Vaccination in Bombay 1889-1901 - 1889-1901
Year: 1889
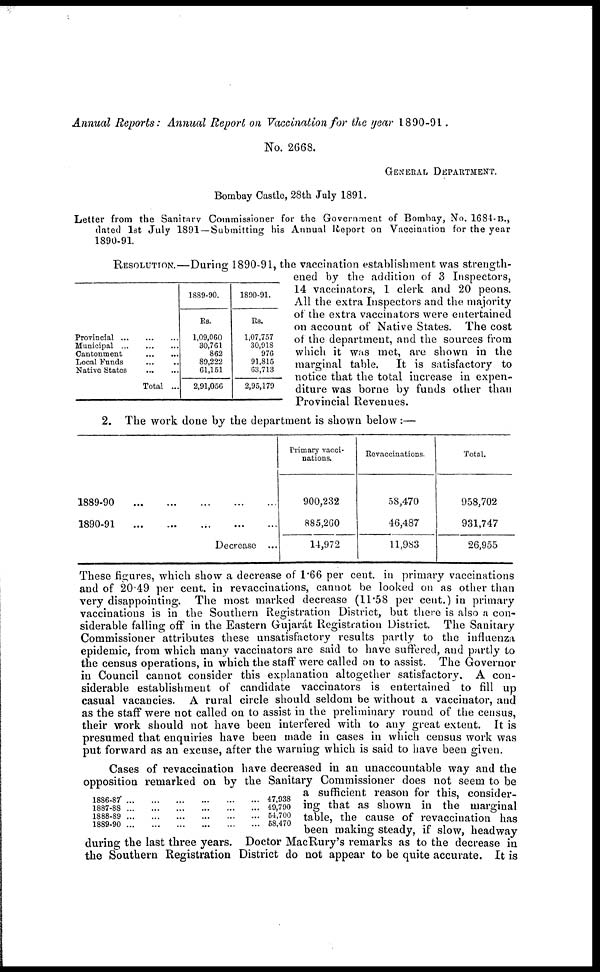
Annual Reports: Annual Report on Vaccination for the year 1890-91.
No. 2G68.
GENERAL DEPARTMENT.
Bombay Castle, 28th July 1891.
Letter from the Sanitary Commissioner for the Government of Bombay, No. 1684-B.,
dated 1st July 1891 —Submitting his Annual Report on Vaccination for the year
1890-91.
Provincial
...
...
...
Municipal
...
...
...
Cantonment
...
...
Local Funds ... ...
Native States
...
...
Total ...
1889-90.
Rs.
1,09,060
30,761
862
89,222
61,151
2,91,056
1890-91.
Rs.
1,07,757
30,918
976
91,815
63,713
2,95,179
RESOLUTION.—During 1890-91, the vaccination establishment was strength-
ened by the addition of 3 Inspectors,
14 vaccinators, 1 clerk and 20 peons.
All the extra Inspectors and the majority
of the extra vaccinators were entertained
on account of Native States. The cost
of the department, and the sources from
which it was met, are shown in the
marginal table.
It is satisfactory to
notice that the total increase in expen-
diture was borne by funds other than
Provincial Revenues.
2. The work done by the department is shown below:—
1889-90
...
...
...
...
...
1890-91
...
...
...
...
...
Decrease ...
Primary vacci-
nations.
900,232
885,260
14,972
Revaccinations.
58,470
46,487
11,983
Total.
958,702
931,747
26,955
These figures, which show a decrease of 1.66 per cent. in primary vaccinations
and of 20.49 per cent. in revaccinations, cannot be looked on as other than
very disappointing. The most marked decrease (11.58 per cent.) in primary
vaccinations is in the Southern Registration District, but there is also a con-
siderable falling off in the Eastern Gujarat Registration District. The Sanitary
Commissioner attributes these unsatisfactory results partly to the influenza
epidemic, from which many vaccinators are said to have suffered, and partly to
the census operations, in which the staff were called on to assist. The Governor
in Council cannot consider this explanation altogether satisfactory. A con-
siderable establishment of candidate vaccinators is entertained to fill up
casual vacancies. A rural circle should seldom be without a vaccinator, and
as the staff were not called on to assist in the preliminary round of the census,
their work should not have been interfered with to any great extent. It is
presumed that enquiries have been made in cases in which census work was
put forward as an excuse, after the warning which is said to have been given.
1886-87
...
...
...
...
...
...
1887-88
...
...
...
...
...
...
1888-89
...
...
...
...
...
...
1889-90
...
...
...
...
...
...
47,938
49,790
54,700
58,470
Cases of revaccination have decreased in an unaccountable way and the
opposition remarked on by the Sanitary Commissioner does not seem to be
a sufficient reason for this, consider-
ing that as shown in the marginal
table, the cause of revaccination has
been making steady, if slow, headway
during the last three years. Doctor MacRury's remarks as to the decrease in
the Southern Registration District do not appear to be quite accurate. It is